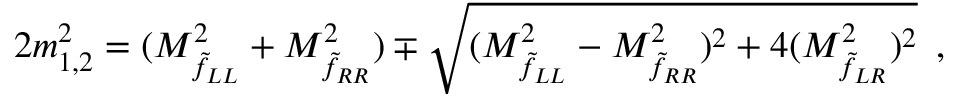
2 m _ { 1 , 2 } ^ { 2 } = ( M _ { \tilde { f } _ { L L } } ^ { 2 } + M _ { \tilde { f } _ { R R } } ^ { 2 } ) \mp \sqrt { ( M _ { \tilde { f } _ { L L } } ^ { 2 } - M _ { \tilde { f } _ { R R } } ^ { 2 } ) ^ { 2 } + 4 ( M _ { \tilde { f } _ { L R } } ^ { 2 } ) ^ { 2 } } \enspace ,